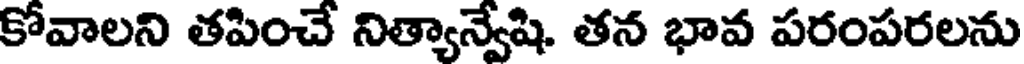
కోవాలని తపించే నిత్యాన్వేషి. తన భావ పరంపరలను